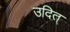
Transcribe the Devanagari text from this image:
उदित्